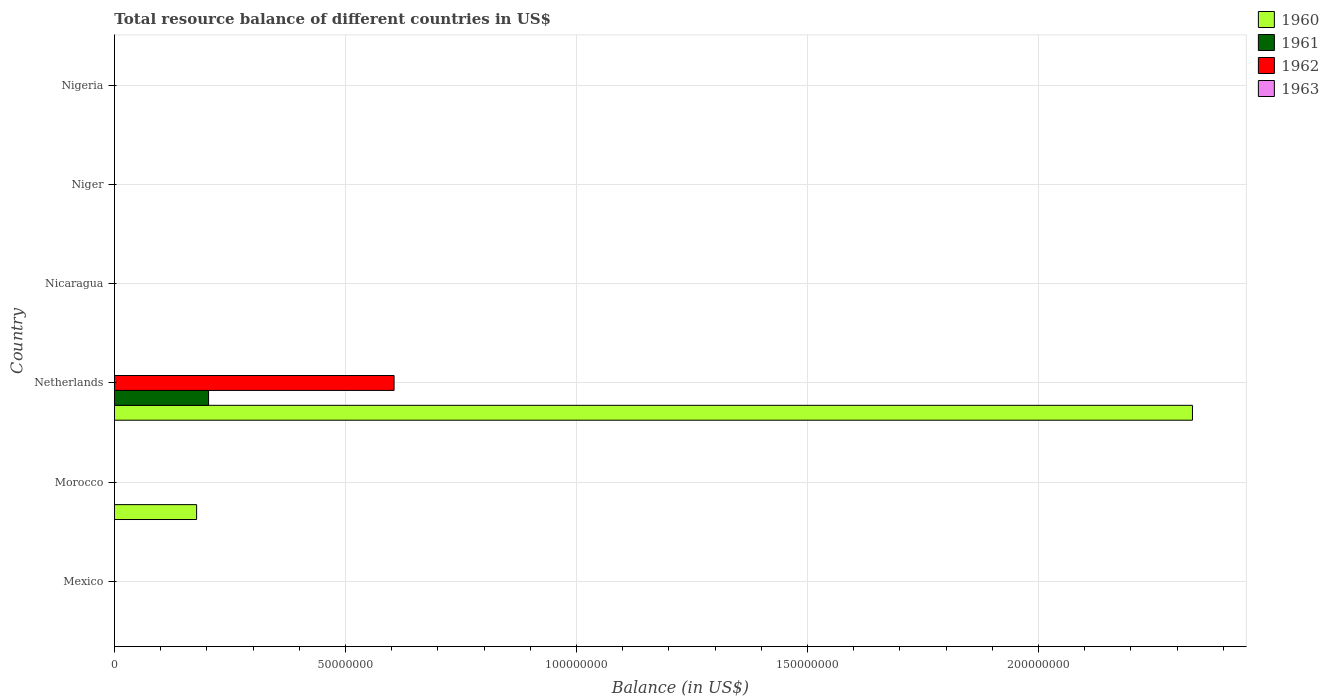
| Country | 1960 | 1961 | 1962 | 1963 |
 | --- | --- | --- | --- | --- |
 | Mexico | -4.12e+08 | -3.12e+08 | -2.34e+08 | -2.77e+08 |
 | Morocco | 1.78e+07 | -6.13e+07 | -7.31e+07 | -5.73e+07 |
 | Netherlands | 2.33e+08 | 2.04e+07 | 6.05e+07 | -1.08e+08 |
 | Nicaragua | -5.72e+06 | -2.81e+06 | -6.66e+06 | -4.22e+06 |
 | Niger | -1.37e+06 | -7.7e+06 | -1.95e+07 | -5.93e+06 |
 | Nigeria | -3.22e+08 | -3.18e+08 | -2.6e+08 | -2.46e+08 |